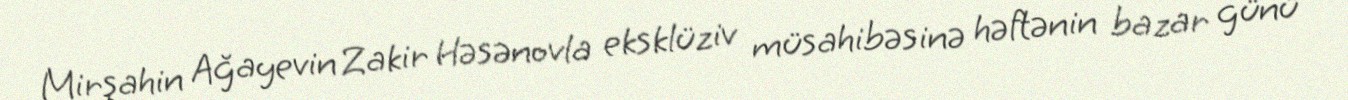
Mirşahin Ağayevin Zakir Həsənovla eksklüziv müsahibəsinə həftənin bazar günü